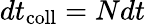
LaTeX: dt_{\mathrm{coll}}=Ndt